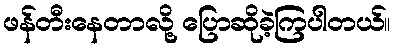
ဖန်တီးနေတာလို့ ပြောဆိုခဲ့ကြပါတယ်။